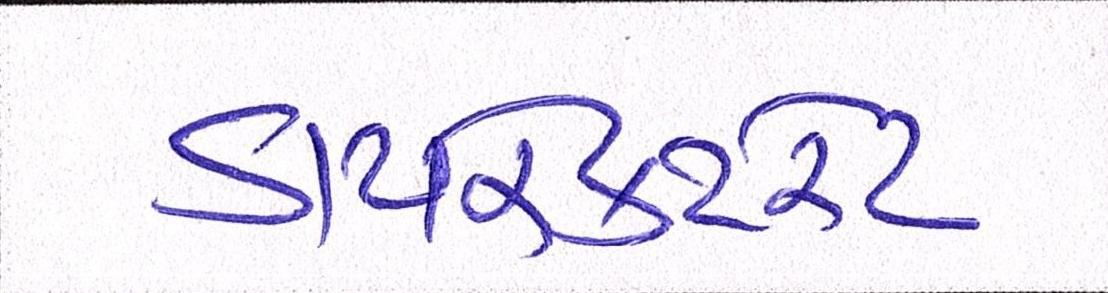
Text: ડાયરેક્ટરેટ